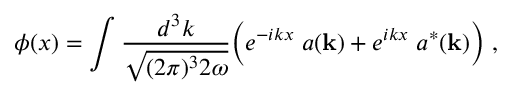
\phi ( x ) = \int { \frac { d ^ { 3 } k } { \sqrt { ( 2 \pi ) ^ { 3 } 2 \omega } } } \Big ( e ^ { - i k x } \; a ( { \bf k } ) + e ^ { i k x } \; a ^ { * } ( { \bf k } ) \Big ) \; ,